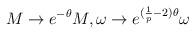
LaTeX: \begin{align*}M \rightarrow e^{-\theta} M, \omega \rightarrow e^{ (\frac{1}{p} - 2) \theta} \omega\end{align*}